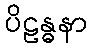
ပိဠန္ဓနာ